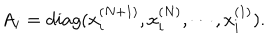
A _ { i } = d i a g ( x _ { i } ^ { ( N + 1 ) } , x _ { i } ^ { ( N ) } , \cdots , x _ { i } ^ { ( 1 ) } ) .